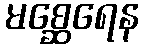
မစ္ဆေရေန